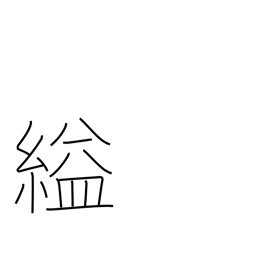
Meaning: strangle